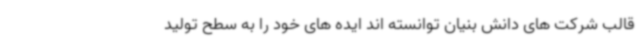
قالب شرکت های دانش بنیان توانسته اند ایده های خود را به سطح تولید